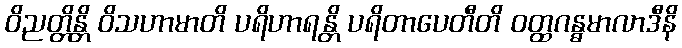
ဝိညတ္တိန္တိ ဝိသဟာမာတိ ပရိဟာရန္တိ ပရိတာပေတီတိ ဝတ္ထဂန္ဓမာလာဒီနိ